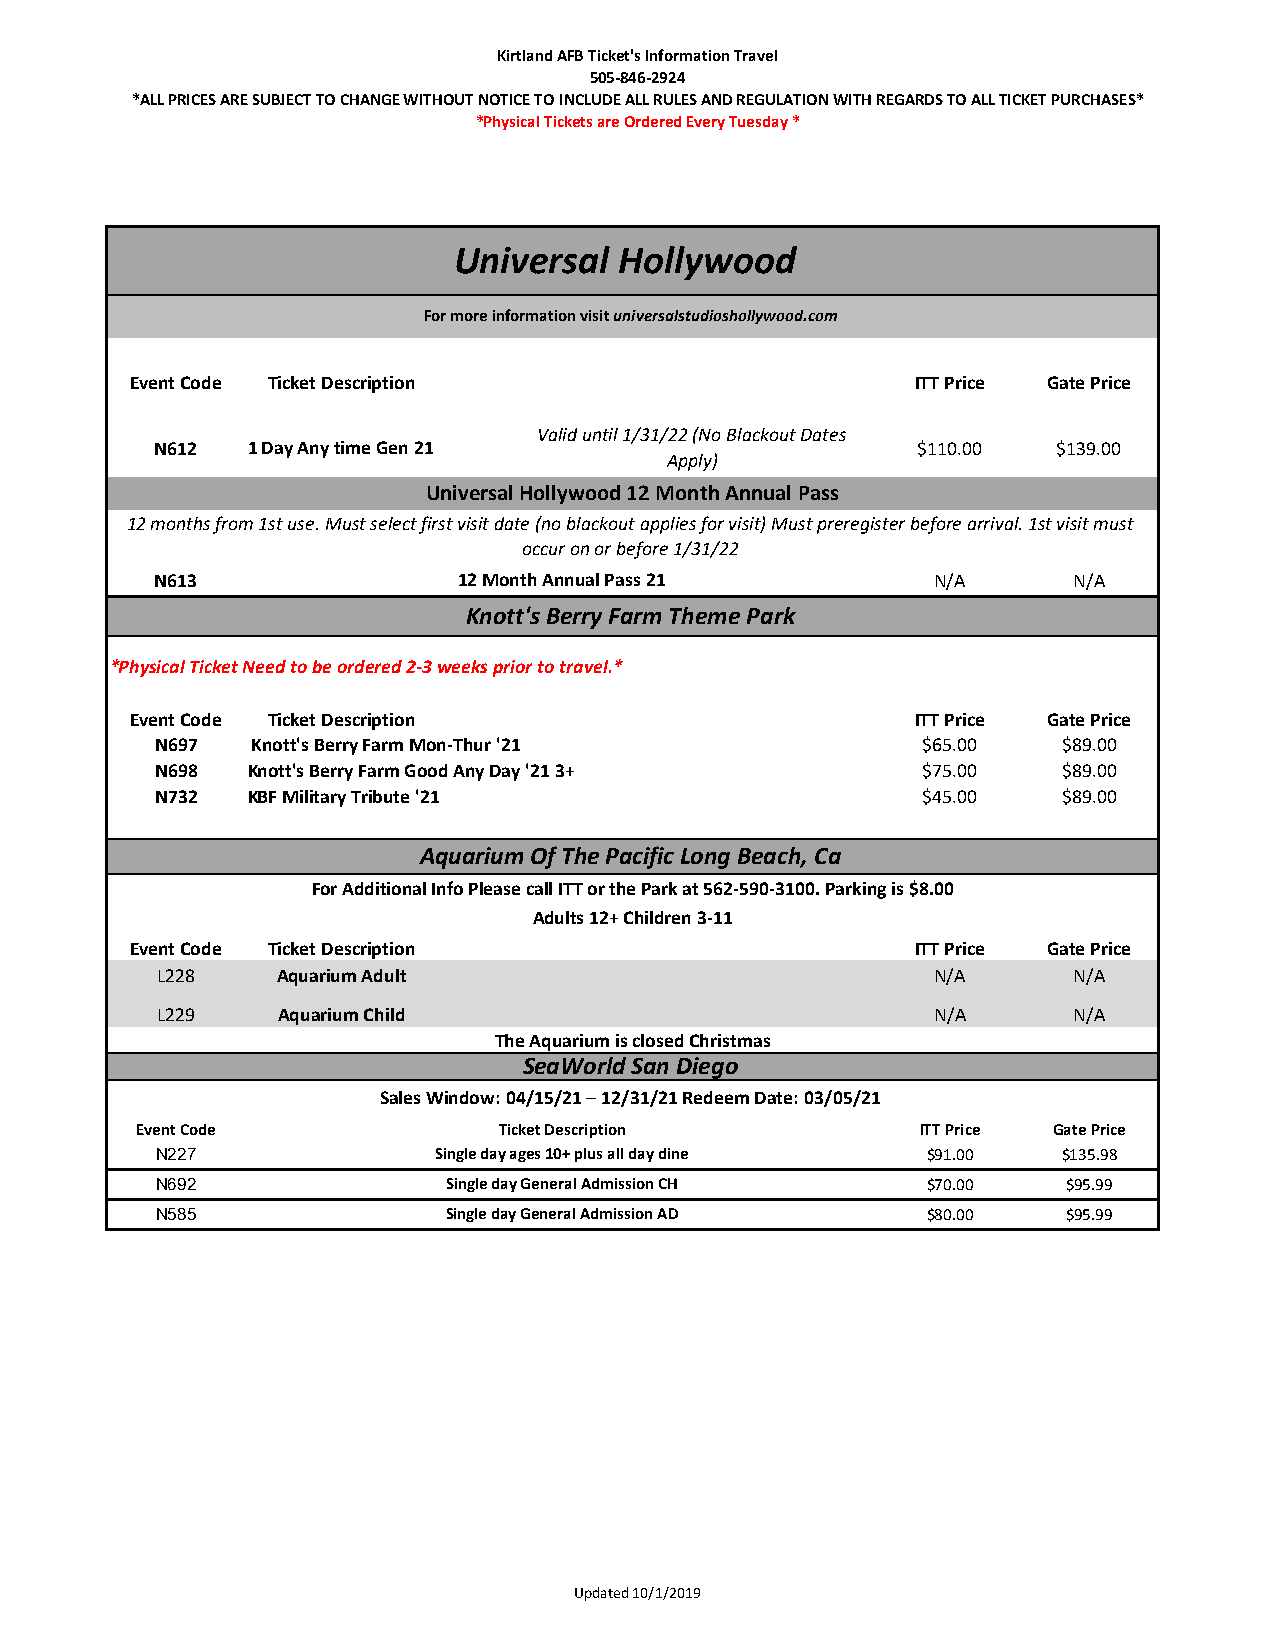
Kirtland AFB Ticket's Information Travel
 505-846-2924
 *ALL PRICES ARE SUBJECT TO CHANGE WITHOUT NOTICE TO INCLUDE ALL RULES AND REGULATION WITH REGARDS TO ALL TICKET PURCHASES*
 *Physical Tickets are Ordered Every Tuesday *
 Universal  Hollywood
 For more information visit universalstudioshollywood.com
 Event Code Ticket Description                       ITT Price Gate Price
 Valid until 1/31/22 (No Blackout Dates
 N612  1 Day Any time Gen 21                       $110.00  $139.00
 Apply)
 Universal Hollywood 12 Month Annual Pass
 12 months from 1st use. Must select first visit date (no blackout applies for visit) Must preregister before arrival. 1st visit must
 occur on or before 1/31/22
 N613                12 Month Annual Pass 21        N/A      N/A
 Knott's Berry Farm Theme Park
 *Physical Ticket Need to be ordered 2-3 weeks prior to travel.*
 Event Code Ticket Description                       ITT Price Gate Price
 N697  Knott's Berry Farm Mon-Thur '21             $65.00    $89.00
 N698  Knott's Berry Farm Good Any Day '21 3+      $75.00    $89.00
 N732  KBF Military Tribute '21                    $45.00    $89.00
 Aquarium Of The Pacific Long Beach, Ca
 For Additional Info Please call ITT or the Park at 562-590-3100. Parking is $8.00
 Adults 12+ Children 3-11
 Event Code Ticket Description                       ITT Price Gate Price
 L228    Aquarium Adult                             N/A      N/A
 L229    Aquarium Child                             N/A      N/A
 The Aquarium is closed Christmas
 SeaWorld San Diego
 Sales Window: 04/15/21 – 12/31/21 Redeem Date: 03/05/21
 Event Code              Ticket Description          ITT Price Gate Price
 N227              Single day ages 10+ plus all day dine $91.00 $135.98
 N692               Single day General Admission CH $70.00   $95.99
 N585               Single day General Admission AD $80.00   $95.99
 Updated 10/1/2019